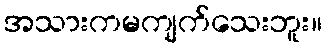
အသားကမကျက်သေးဘူး။